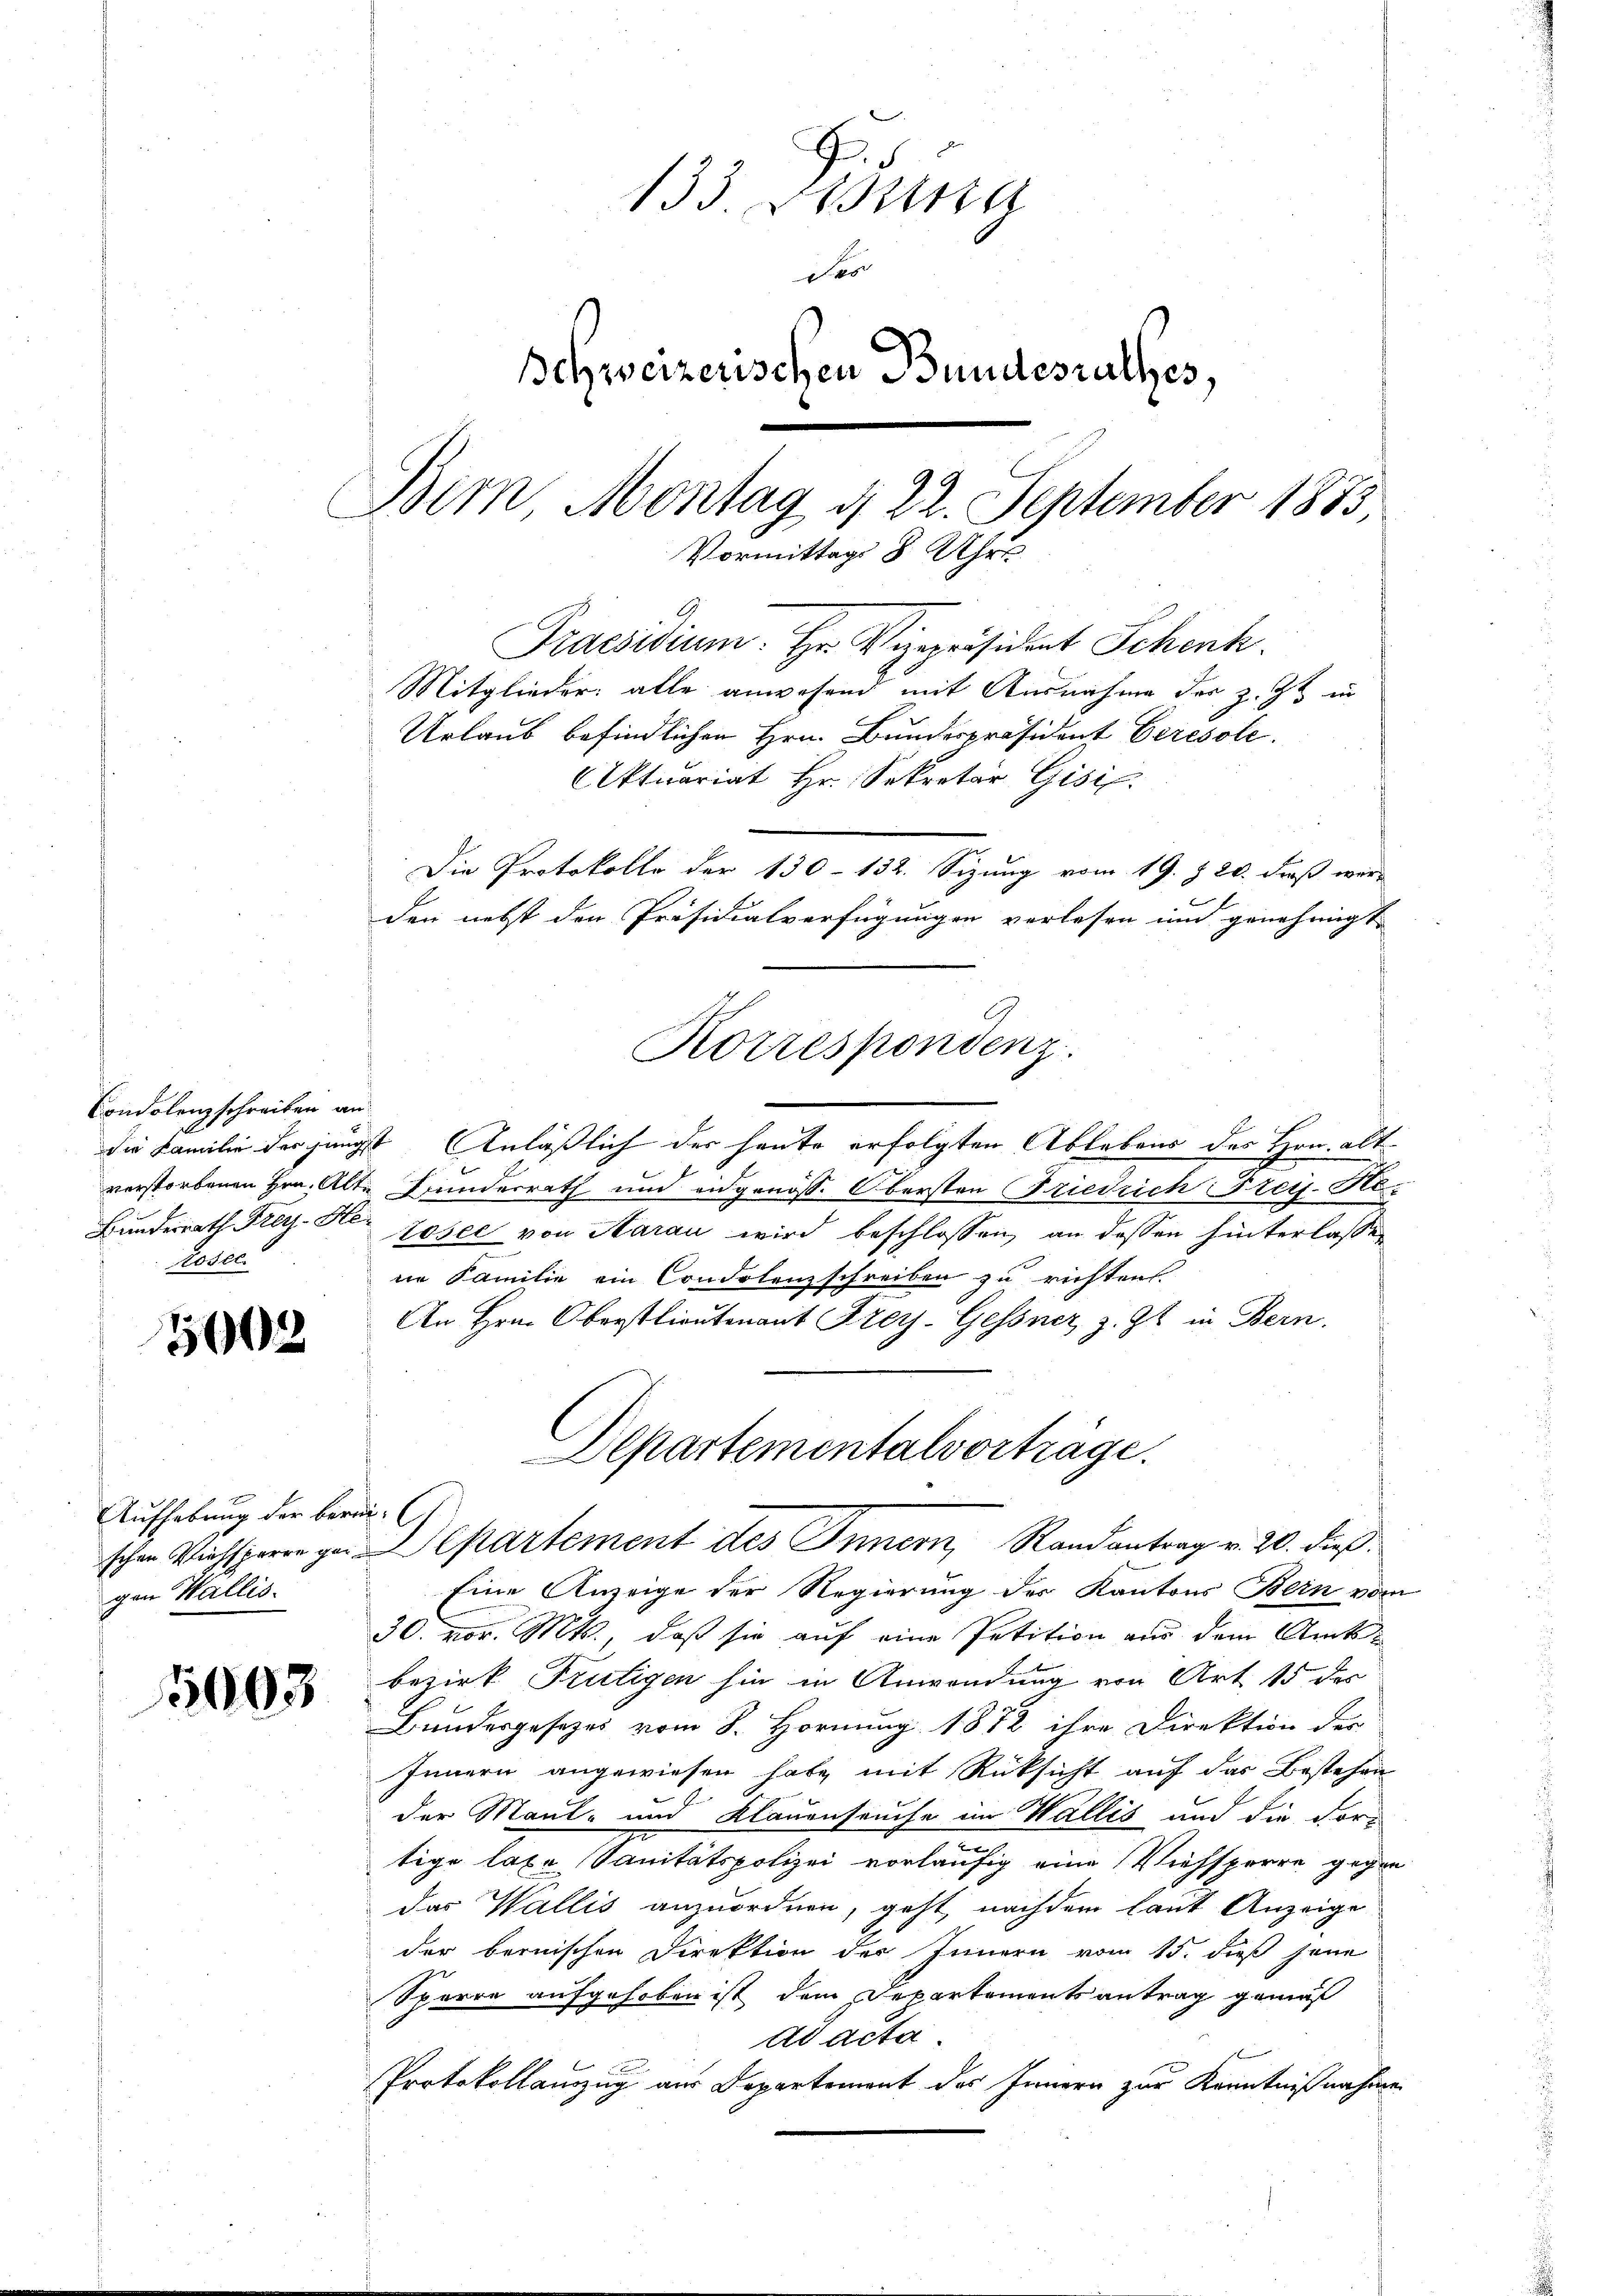
Condolenz schreiben a
die Familie der jun-
verstorbenen Hrn. Al.
Bundesrath Frey-Sti
Rosen.

3002

Aufhebung der berei
gen Wallis.

1003

133. Lesung
des
Schweizerischen Bundesrathes,
Dem Montag d. 22. September 1873,
Vormittag 8 Uhre

Ge
Praeswunn. Hr. Vizepräsident Schenk
Mitglieder: alle anwesend mit Ausnahme des z. Zt. in
Urlaub befindlichen Hrn. Bundespräsident Ceresole.
Aktuariat Hr. Sekretär Gisil.
Die Protokolle der 130 - 132. Sizung vom 19. Z. 20. dieß wer-
den nebst den Präsidialverfügungen verlesen und genehmigt
Korrespondenz.

e
i Anläßlich der heute erfolgten Ablebens des Hrn. Alt-
E
te Bunderrath und eidgenöss. Obersten Friedrich Freis. Re-
 rösel von Aarau wird beschlossen, an dessen hinterlassen
ne Familie ein Condolenzschreiben zu richtens
An Hrn. Oberstlieutenant Frey-Gessnez z. Zt. in Bern,
Departementalvorträge.
schen Viehsperre gar partement des Innern, Randantrag v. 20. dieß¬
Eine Anzeige der Regierung des Kantons Bein vom
30. vor. Mts., daß sie auf eine Petition aus dem Amtsbezirk Frutigen hin in Anwendung von Art. 15 des
Bundesgesetzes vom 8. Hornung 1872 ihre Direktion der
Innern angewiesen habe mit Rücksicht auf das Bestehen
der Maul- und Klauenseuche im Wallis und die Fortige lage Sanitätspolizei vorläufig eine Viehsperre gegen
das Wallis anzuordnen, geht nachdem laut Anzeige
der bernischen Direktion des Innern vom 15. dieß jene
Sparre aufgehoben ist dem Departementsantrag gemäß
ad acta.
Protokollauszug aus Departement des Innern zur Kenntnißnahmen